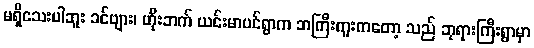
မရှိသေးပါဘူး ခင်ဗျား၊ ဟိုးဘက် ယင်းမာပင်ရွာက ဘကြီးကူးကတော့ သည် ဘုရားကြီးရွာမှာ